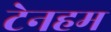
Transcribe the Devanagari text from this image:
टेनहम